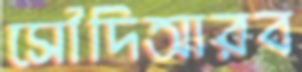
সৌদিআরব